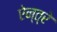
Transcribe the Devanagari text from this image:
ऐन्त्रे